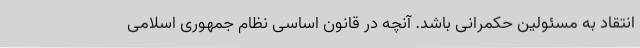
انتقاد به مسئولین حکمرانی باشد. آنچه در قانون اساسی نظام جمهوری اسلامی